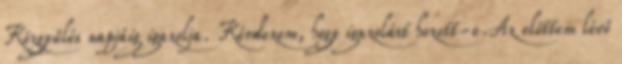
Közgyűlés napjáig igazolja. Kérdezem, hogy igazolást hozott-e.Az előttem lévő